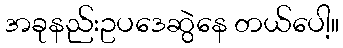
အခုနည်းဥပဒေဆွဲနေ တယ်ပေါ့။